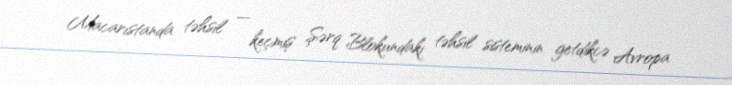
Macarıstanda təhsil — keçmiş Şərq Blokundakı təhsil sisteminin getdikcə Avropa